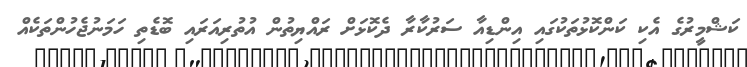
ކަޝްމީރުގެ އެކި ކަންކޮޅުތަކުގައި އިންޑިއާ ސަރުކާރާ ދެކޮޅަށް ރައްޔިތުން އުތުރިއަރައި ބޮޑެތި ހަމަނުޖެހުންތަކެއް